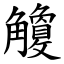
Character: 觼